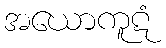
အယောကူဋံ